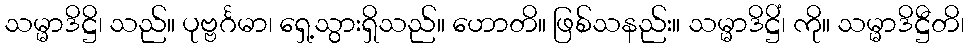
သမ္မာဒိဋ္ဌိ၊ သည်။ ပုဗ္ဗင်္ဂမာ၊ ရှေ့သွားရှိသည်။ ဟောတိ။ ဖြစ်သနည်း။ သမ္မာဒိဋ္ဌိံ၊ ကို။ သမ္မာဒိဋ္ဌီတိ၊